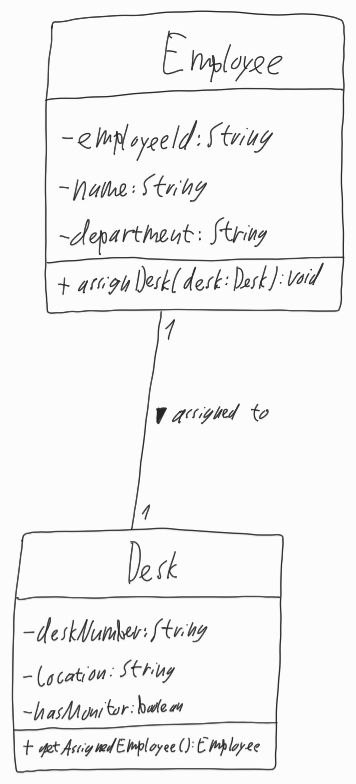
Diagram type: class_diagram
```plantuml
@startuml

class Employee {
  - employeeId: String
  - name: String
  - department: String
  + assignDesk(desk: Desk): void
}

class Desk {
  - deskNumber: String
  - location: String
  - hasMonitor: boolean
  + getAssignedEmployee(): Employee
}

Employee  "1" -- "1" Desk : assigned to >

@enduml
```